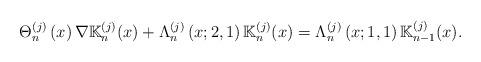
LaTeX: \begin{align*}\Theta _{n}^{\left( j\right) }\left( x\right) \nabla \mathbb{K}_{n}^{(j)}(x)+\Lambda _{n}^{\left( j\right) }\left( x;2,1\right) \mathbb{K}_{n}^{(j)}(x)=\Lambda _{n}^{\left( j\right) }\left( x;1,1\right) \mathbb{K}_{n-1}^{(j)}(x). \end{align*}